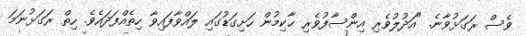
ވެސް ރަގަޅުވާނެ. "އަދުލުވެރި އިންސާފުވެރި ޙާކިމުން ހަށިގަޑުގައި ލައްވާފައިވާ ހިތެއްފަދައެވެ. ހިތް ރަގަޅުނަމަ